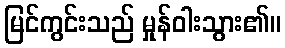
မြင်ကွင်းသည် မှုန်ဝါးသွား၏။